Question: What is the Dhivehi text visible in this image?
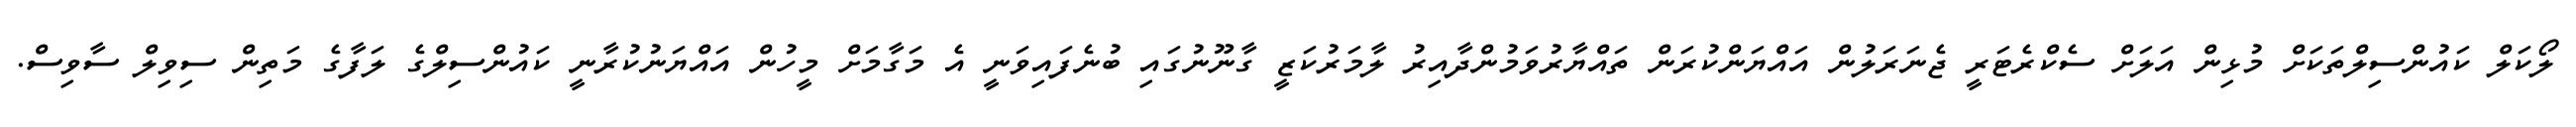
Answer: ލޯކަލް ކައުންސިލްތަކަށް މުޅިން އަލަށް ސެކްރެޓަރީ ޖެނަރަލުން އައްޔަންކުރަން ތައްޔާރުވަމުންދާއިރު ލާމަރުކަޒީ ގާނޫނުގައި ބުނެފައިވަނީ އެ މަގާމަށް މީހުން އައްޔަނުކުރާނީ ކައުންސިލްގެ ލަފާގެ މަތިން ސިވިލް ސާވިސް.